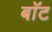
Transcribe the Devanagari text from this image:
बाॅट